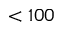
< 1 0 0